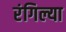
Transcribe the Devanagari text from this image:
रंगिल्या